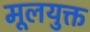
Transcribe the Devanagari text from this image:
मूलयुक्त